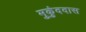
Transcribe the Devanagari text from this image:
मुकुंददास